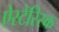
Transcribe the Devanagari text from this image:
ऐस्टेरिस्क